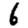
Digit: 6